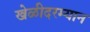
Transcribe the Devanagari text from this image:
खेळीदरम्यान